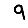
Digit: 9